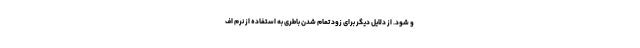
و شود. از دلایل دیگر برای زود تمام شدن باطری به استفاده از نرم اف